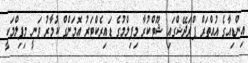
އިންޑިއާގެ އުއްތަރް ޕްރަދޭޝްގައި ޝޫޓްކުރާ މިފިލްމުގެ ޑައިރެކްޓަރު އޮމަންގް ކުމާރު ވަނީ މިފިލްމަކީ